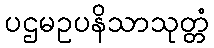
ပဌမဥပနိသာသုတ္တံ